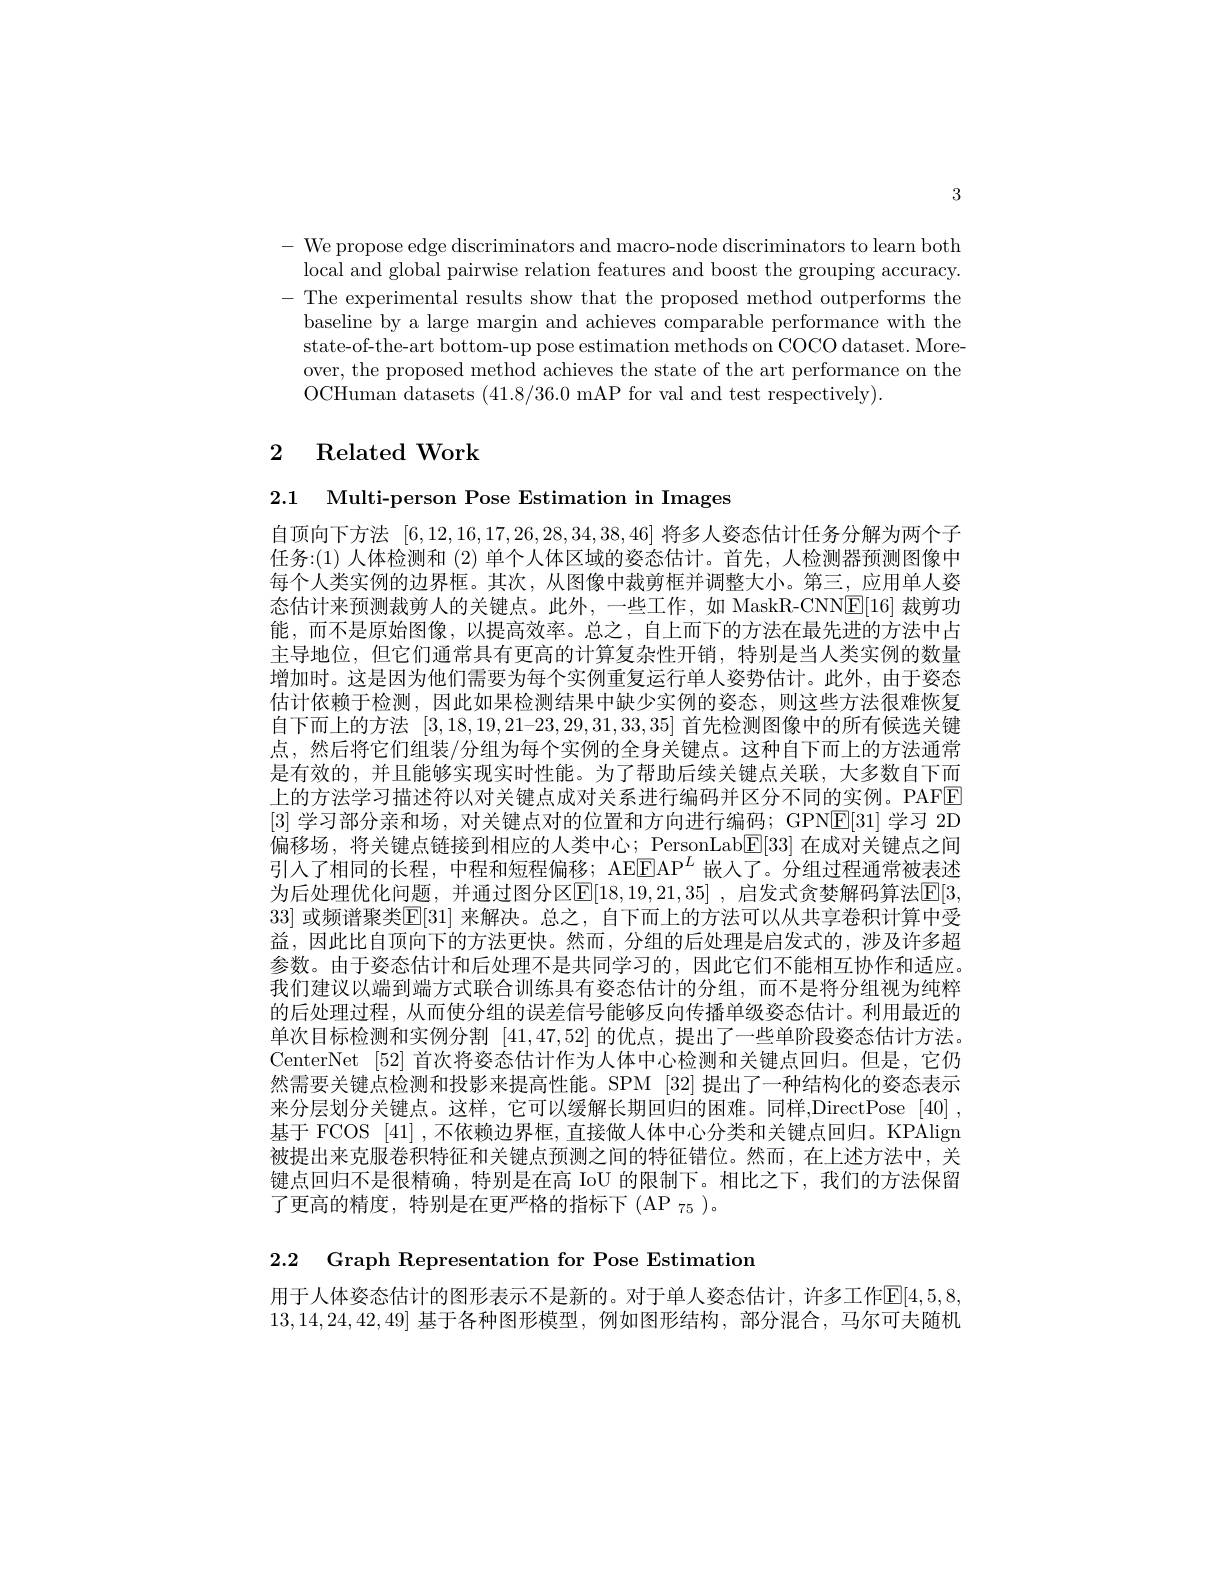
3

- We propose edge discriminators and macro-node discriminators to learn both local and global pairwise relation features and boost the grouping accuracy.
- The experimental results show that the proposed method outperforms the baseline by a large margin and achieves comparable performance with the state-of-the-art bottom-up pose estimation methods on COCO dataset. Moreover, the proposed method achieves the state of the art performance on the OCHuman datasets (41.8/36.0 mAP for val and test respectively).

# 2 Related Work

2.1 Multi-person Pose Estimation in Images

自顶向下方法[6,12,16,17,26,28,34,38,46]将多人姿态估计任务分解为两个子任务：(1) 人体检测和 (2) 单个人体区域的姿态估计。首先，人检测器预测图像中每个人类实例的边界框。其次，从图像中裁剪框并调整大小。第三，应用单人姿态估计来预测裁剪人的关键点。此外，一些工作，如 MaskR-CNNE[16] 裁剪功能，而不是原始图像，以提高效率。总之，自上而下的方法在最先进的方法中占主导地位，但它们通常具有更高的计算复杂性开销，特别是当人类实例的数量增加时。这是因为他们需要为每个实例重复运行单人姿势估计。此外，由于姿态估计依赖于检测，因此如果检测结果中缺少实例的姿态，则这些方法很难恢复自下而上的方法[3,18,19,21-23,29,31,33,35]首先检测图像中的所有候选关键点，然后将它们组装/分组为每个实例的全身关键点。这种自下而上的方法通常是有效的，并且能够实现实时性能。为了帮助后续关键点关联，大多数自下而上的方法学习描述符以对关键点成对关系进行编码并区分不同的实例。PAFE [3]学习部分亲和场，对关键点对的位置和方向进行编码；GPN$\underline{\mathrm{E}}[31]$学习 2D 偏移场，将关键点链接到相应的人类中心；PersonLab$\boxed{\mathrm{E}}[33]$在成对关键点之间引入了相同的长程，中程和短程偏移；AE$\overline{\mathrm{E}}$AP$^L$嵌人了。分组过程通常被表述为后处理优化问题，并通过图分区$\mathbb{E}[18,19,21,35]$,启发式贪婪解码算法$\mathbb{E}[3$, 33]或频谱聚类[E[31] 来解决。总之，自下而上的方法可以从共享卷积计算中受益，因此比自顶向下的方法更快。然而，分组的后处理是启发式的，涉及许多超参数。由于姿态估计和后处理不是共同学习的，因此它们不能相互协作和适应。我们建议以端到端方式联合训练具有姿态估计的分组，而不是将分组视为纯粹的后处理过程，从而使分组的误差信号能够反向传播单级姿态估计。利用最近的单次目标检测和实例分割[41,47,52]的优点，提出了一些单阶段姿态估计方法。CenterNet [52] 首次将姿态估计作为人体中心检测和关键点回归。但是，它仍然需要关键点检测和投影来提高性能。SPM [32]提出了一种结构化的姿态表示来分层划分关键点。这样，它可以缓解长期回归的困难。同样，DirectPose [40] , 基于 FCOS [41],不依赖边界框，直接做人体中心分类和关键点回归。KPAlign 被提出来克服卷积特征和关键点预测之间的特征错位。然而，在上述方法中，关键点回归不是很精确，特别是在高 IoU 的限制下。相比之下，我们的方法保留$了更高的精度，特别是在更严格的指标下(AP_{75})$。

2.2 Graph Representation for Pose Estimation

用于人体姿态估计的图形表示不是新的。对于单人姿态估计，许多工作$\mathbb{E}[4,5,8,7]$ 13,14,24,42,49]基于各种图形模型，例如图形结构，部分混合，马尔可夫随机